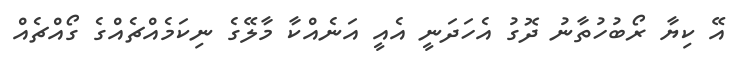
އޭ ކިޔާ ރޯބުހުތާނު ދޮގު އެހަދަނީ އެއީ އަނެއްކާ މާލޭގެ ނިކަމެއްޗެއްގެ ގޯއްޗެއް